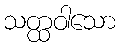
သတ္ထဝါသော